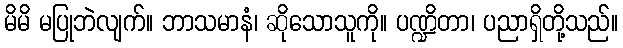
မိမိ မပြုဘဲလျက်။ ဘာသမာနံ၊ ဆိုသောသူကို။ ပဏ္ဍိတာ၊ ပညာရှိတို့သည်။